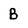
Character: B